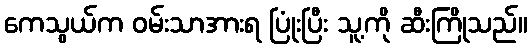
ကေသွယ်က ဝမ်းသာအားရ ပြုံးပြီး သူ့ကို ဆီးကြိုသည်။